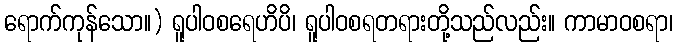
ရောက်ကုန်သော။) ရူပါဝစရေဟိပိ၊ ရူပါဝစရတရားတို့သည်လည်း။ ကာမာဝစရာ၊